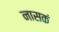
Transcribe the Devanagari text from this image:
नासकं